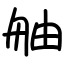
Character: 舳